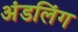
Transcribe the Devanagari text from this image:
अंडलिंग